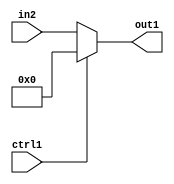
`timescale 1ps / 1ps
/*****************************************************************************
    Verilog RTL Description
    
    
    Created by: Stratus DpOpt 2019.1.01 
*******************************************************************************/

module fix2float_Muxi0s32u1_4_1 (
	in2,
	ctrl1,
	out1
	); /* architecture "behavioural" */ 
input [31:0] in2;
input  ctrl1;
output [31:0] out1;
wire [31:0] asc001;

reg [31:0] asc001_tmp_0;
assign asc001 = asc001_tmp_0;
always @ (ctrl1 or in2) begin
	case (ctrl1)
		1'B1 : asc001_tmp_0 = 32'B00000000000000000000000000000000 ;
		default : asc001_tmp_0 = in2 ;
	endcase
end

assign out1 = asc001;
endmodule

/* CADENCE  uLX5Sg8= : u9/ySgnWtBlWxVPRXgAZ4Og= ** DO NOT EDIT THIS LINE ******/